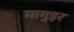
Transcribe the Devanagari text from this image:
मागुइर